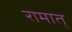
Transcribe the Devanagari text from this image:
रामात्